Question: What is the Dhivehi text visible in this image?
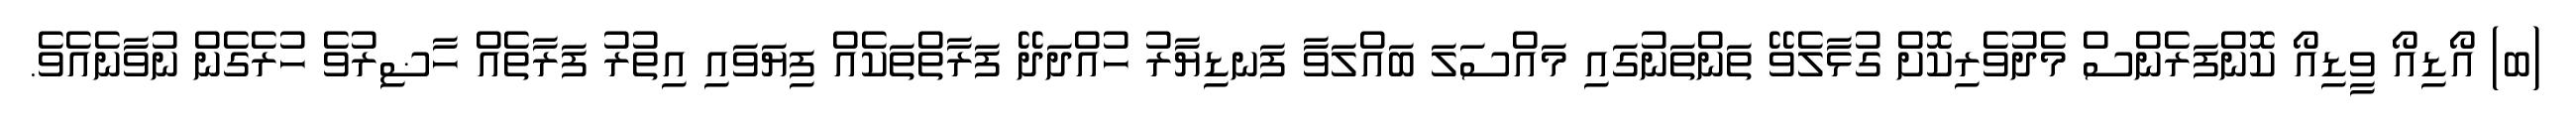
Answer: (ބ) އޯޑިއޯ ވީޑިއޯ ކޮންފަރެންސް މެދުވެރިކޮށް ގުޅާލެވޭ ތަންތަނުގައި މައްސަލަ ބައްލަވާ ފަނޑިޔާރު ހުއްދަދޭ ފަރާތްތަކެއް ފިޔަވައި އިތުރު ފަރާތެއް ހާޟިރުވެ ހުރެގެން ނުވާނެއެވެ.